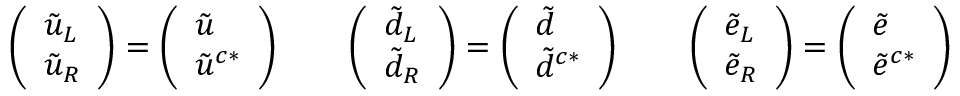
\left( \begin{array} { l } { { \tilde { u } _ { L } } } \\ { { \tilde { u } _ { R } } } \end{array} \right) = \left( \begin{array} { l } { { \tilde { u } \hfill } } \\ { { \tilde { u } ^ { c * } } } \end{array} \right) \quad \quad \left( \begin{array} { l } { { \tilde { d } _ { L } } } \\ { { \tilde { d } _ { R } } } \end{array} \right) = \left( \begin{array} { l } { { \tilde { d } \hfill } } \\ { { \tilde { d } ^ { c * } } } \end{array} \right) \quad \quad \left( \begin{array} { l } { { \tilde { e } _ { L } } } \\ { { \tilde { e } _ { R } } } \end{array} \right) = \left( \begin{array} { l } { { \tilde { e } \hfill } } \\ { { \tilde { e } ^ { c * } } } \end{array} \right)